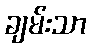
ချမ်းသာ